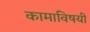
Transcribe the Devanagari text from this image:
कामाविषयी